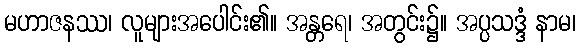
မဟာဇနဿ၊ လူများအပေါင်း၏။ အန္တရေ၊ အတွင်း၌။ အပ္ပသဒ္ဒံ နာမ၊